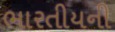
ભારતીયની